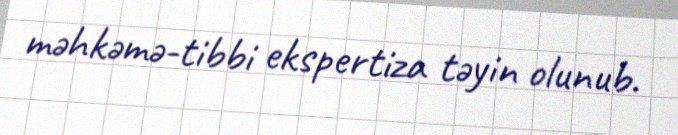
məhkəmə-tibbi ekspertiza təyin olunub.